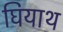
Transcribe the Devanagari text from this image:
घियाथ